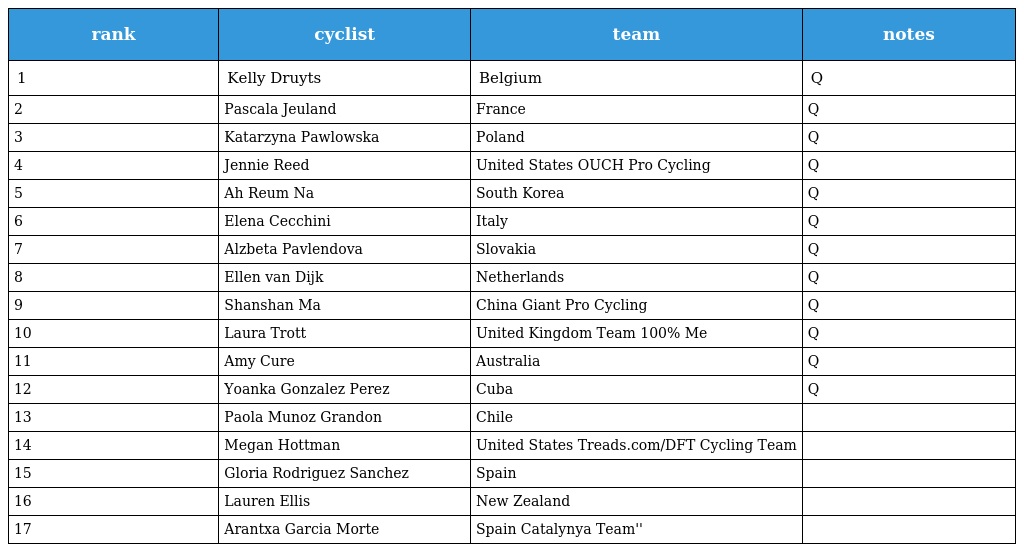
| rank | cyclist | team | notes |
 | --- | --- | --- | --- |
 | 1 | Kelly Druyts | Belgium | Q |
 | 2 | Pascala Jeuland | France | Q |
 | 3 | Katarzyna Pawlowska | Poland | Q |
 | 4 | Jennie Reed | United States OUCH Pro Cycling | Q |
 | 5 | Ah Reum Na | South Korea | Q |
 | 6 | Elena Cecchini | Italy | Q |
 | 7 | Alzbeta Pavlendova | Slovakia | Q |
 | 8 | Ellen van Dijk | Netherlands | Q |
 | 9 | Shanshan Ma | China Giant Pro Cycling | Q |
 | 10 | Laura Trott | United Kingdom Team 100% Me | Q |
 | 11 | Amy Cure | Australia | Q |
 | 12 | Yoanka Gonzalez Perez | Cuba | Q |
 | 13 | Paola Munoz Grandon | Chile |  |
 | 14 | Megan Hottman | United States Treads.com/DFT Cycling Team |  |
 | 15 | Gloria Rodriguez Sanchez | Spain |  |
 | 16 | Lauren Ellis | New Zealand |  |
 | 17 | Arantxa Garcia Morte | Spain Catalynya Team'' |  |